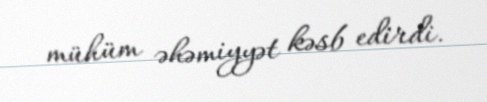
mühüm əhəmiyyət kəsb edirdi.